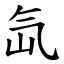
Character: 氙